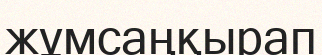
жұмсаңқырап